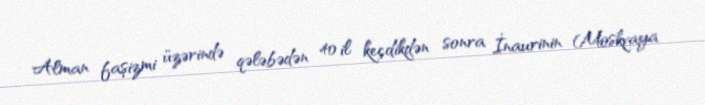
Alman faşizmi üzərində qələbədən 40 il keçdikdən sonra İnaurinin Moskvaya